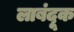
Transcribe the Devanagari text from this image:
लाबंदूक